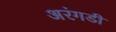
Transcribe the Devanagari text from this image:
अरंगडी